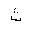
Letter: _tha